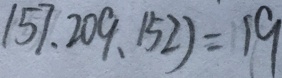
( 5 7 、 2 0 9 、 1 5 2 ) = 1 9